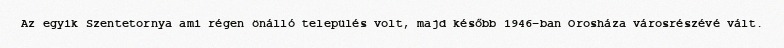
Az egyik Szentetornya ami régen önálló település volt, majd később 1946-ban Orosháza városrészévé vált.